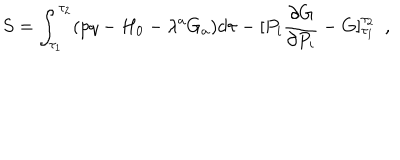
S = \int _ { \tau _ { 1 } } ^ { \tau _ { 2 } } ( p q - H _ { 0 } - \lambda ^ { a } G _ { a } ) d \tau - [ P _ { i } \frac { \partial G } { \partial P _ { i } } - G ] _ { \tau _ { 1 } } ^ { \tau _ { 2 } } \, \, \, ,